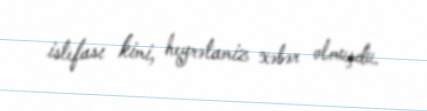
istefası kimi, heyrətamiz xəbər olmuşdu.